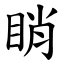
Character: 睄